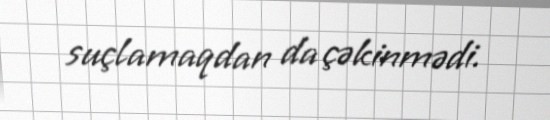
suçlamaqdan da çəkinmədi.